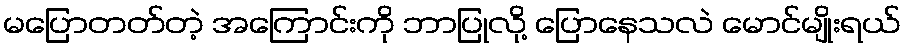
မပြောတတ်တဲ့ အကြောင်းကို ဘာပြုလို့ ပြောနေသလဲ မောင်မျိုးရယ်